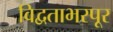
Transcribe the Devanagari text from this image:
विद्वताभरपूर